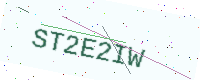
Text: ST2E2IW